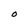
Character: O